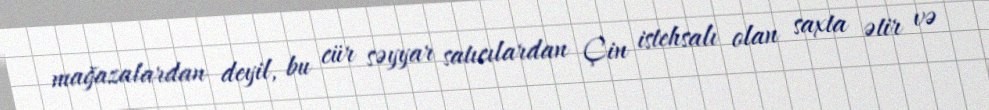
mağazalardan deyil, bu cür səyyar satıcılardan Çin istehsalı olan saxta ətir və